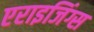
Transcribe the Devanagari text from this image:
एराइजिंग्स